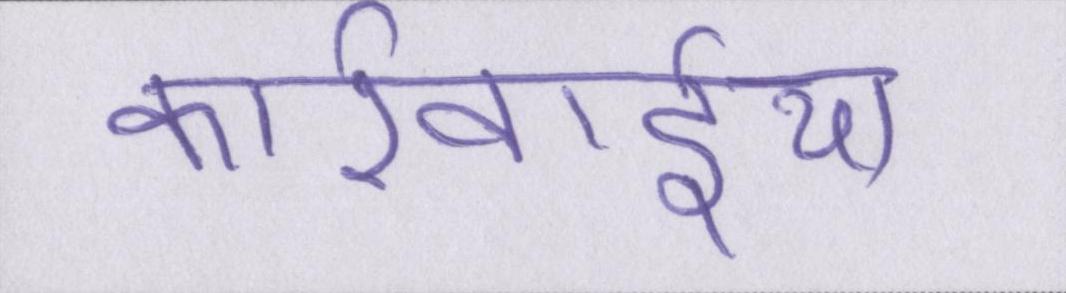
कार्रवाईयां